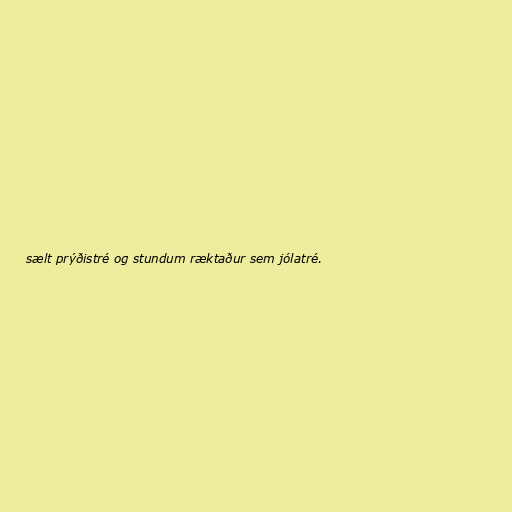
sælt prýðistré og stundum ræktaður sem jólatré.